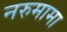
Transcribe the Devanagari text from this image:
नरुमामा